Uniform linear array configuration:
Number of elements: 4
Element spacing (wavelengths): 0.5
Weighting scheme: uniform
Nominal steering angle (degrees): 0
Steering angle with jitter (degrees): -1.843
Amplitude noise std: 0.05
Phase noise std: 0.05

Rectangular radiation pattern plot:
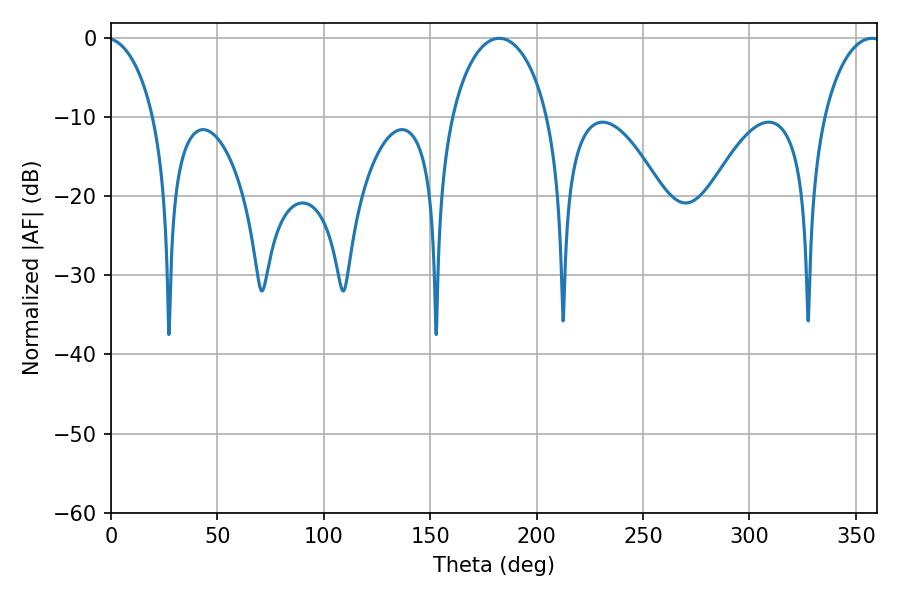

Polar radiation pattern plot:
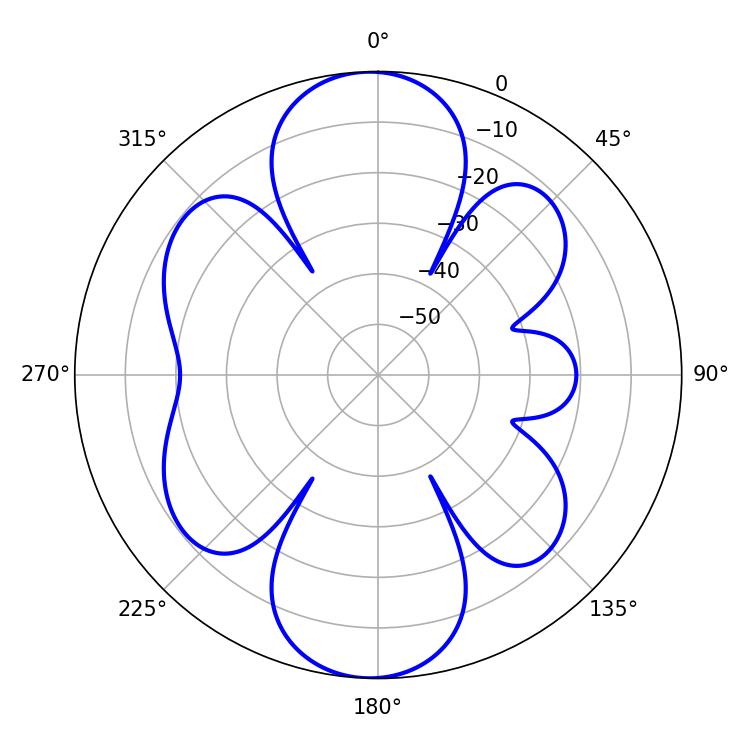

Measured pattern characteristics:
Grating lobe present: FALSE
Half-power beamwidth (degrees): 26.1
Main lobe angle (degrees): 182.52